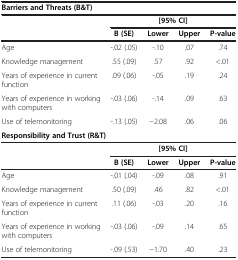
<table><thead><tr><td colspan="5"><b>Barriers and Threats (B&amp;T)</b></td></tr><tr><td><b> </b></td><td colspan="4"><b>[95% CI]</b></td></tr><tr><td><b> </b></td><td><b>B (SE)</b></td><td><b>Lower</b></td><td><b>Upper</b></td><td><b>P-value</b></td></tr></thead><tbody><tr><td>Age</td><td>-.02 (.05)</td><td>-.10</td><td>.07</td><td>.74</td></tr><tr><td>Knowledge management</td><td>.55 (.09)</td><td>.57</td><td>.92</td><td>&lt;.01</td></tr><tr><td>Years of experience in current function</td><td>.09 (.06)</td><td>-.05</td><td>.19</td><td>.24</td></tr><tr><td>Years of experience in working with computers</td><td>-.03 (.06)</td><td>-.14</td><td>.09</td><td>.63</td></tr><tr><td>Use of telemonitoring</td><td>-.13 (.05)</td><td>−2.08</td><td>.06</td><td>.06</td></tr><tr><td colspan="5"><b>Responsibility and Trust (R&amp;T)</b></td></tr><tr><td> </td><td colspan="4"><b>[95% CI]</b></td></tr><tr><td> </td><td><b>B (SE)</b></td><td><b>Lower</b></td><td><b>Upper</b></td><td><b>P-value</b></td></tr><tr><td>Age</td><td>-.01 (.04)</td><td>-.09</td><td>.08</td><td>.91</td></tr><tr><td>Knowledge management</td><td>.50 (.09)</td><td>.46</td><td>.82</td><td>&lt;.01</td></tr><tr><td>Years of experience in current function</td><td>.11 (.06)</td><td>-.03</td><td>.20</td><td>.16</td></tr><tr><td>Years of experience in working with computers</td><td>-.03 (.06)</td><td>-.09</td><td>.14</td><td>.65</td></tr><tr><td>Use of telemonitoring</td><td>-.09 (.53)</td><td>−1.70</td><td>.40</td><td>.23</td></tr></tbody></table>